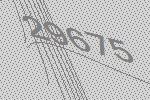
29675